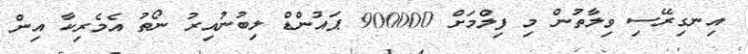
އިނގިރޭސި ވިލާތުން މި ފިލްމަށް 900000 ޕައުންޑް ލިބުނުއިރު ނޯތު އެމެރިކާ އިން